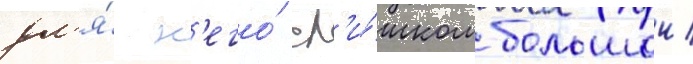
дл'я́ н'его́ сл'и́шком большои